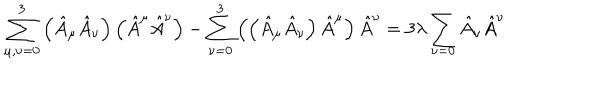
\sum _ { \mu , \nu = 0 } ^ { 3 } \left( \hat { A } _ { \mu } \hat { A } _ { \nu } \right) \left( \hat { A } ^ { \mu } \hat { A } ^ { \nu } \right) - \sum _ { \nu = 0 } ^ { 3 } \left( \left( \hat { A } _ { \mu } \hat { A } _ { \nu } \right) \hat { A } ^ { \mu } \right) \hat { A } ^ { \nu } = 3 \lambda \sum _ { \nu = 0 } \hat { A } _ { \nu } \hat { A } ^ { \nu }